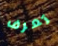
تعرف